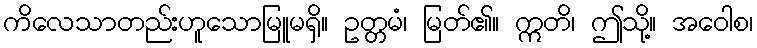
ကိလေသာတည်းဟူသောမြူမရှိ။ ဥတ္တမံ၊ မြတ်၏။ ဣတိ၊ ဤသို့။ အဝေါစ၊